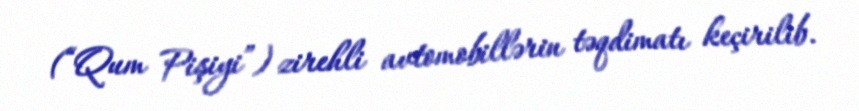
(“Qum Pişiyi”) zirehli avtomobillərin təqdimatı keçirilib.